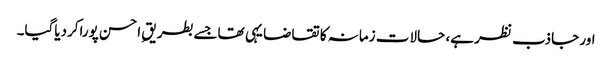
اور جاذب نظر ہے، حالات زمانہ کا تقاضا یہی تھاجسے بطریقِ احسن پوراکردیاگیا۔